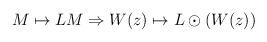
LaTeX: \begin{align*}M\mapsto LM \Rightarrow W(z)\mapsto L\odot(W(z))\end{align*}